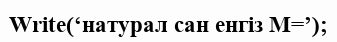
Write(‘натурал сан енгіз M=’);